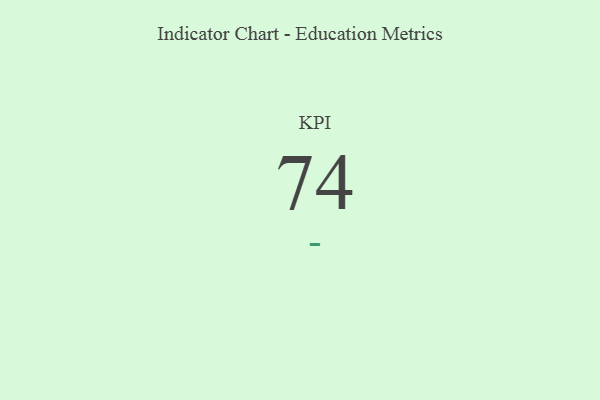
{"axis": {"x": "KPI", "y": "Value"}, "legend": [""], "data": [{"x": "KPI", "y": 74, "type": ""}]}